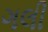
ગલી